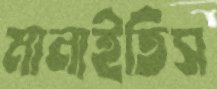
মানাইতিস